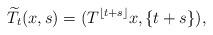
LaTeX: \begin{align*} \widetilde{T}_t(x,s)=(T^{\lfloor t+s\rfloor }x,\{t+s\}), \end{align*}